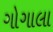
ગોગાલા